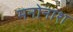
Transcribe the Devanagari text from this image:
मनोनाश